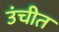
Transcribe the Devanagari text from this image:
उंचीत